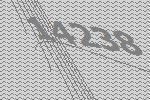
14238